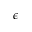
\epsilon